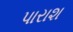
પારાશ